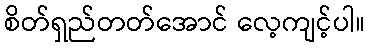
စိတ်ရှည်တတ်အောင် လေ့ကျင့်ပါ။